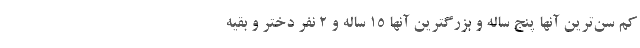
کم سن‌ترین آنها پنج ساله و بزرگترین آنها ۱۵ ساله و ۲ نفر دختر و بقیه